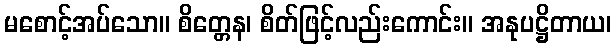
မစောင့်အပ်သော။ စိတ္တေန၊ စိတ်ဖြင့်လည်းကောင်း။ အနုပဋ္ဌိတာယ၊